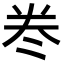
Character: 𭑊